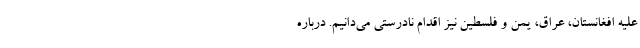
علیه افغانستان، عراق، یمن و فلسطین نیز اقدام نادرستی می‌‌دانیم. درباره